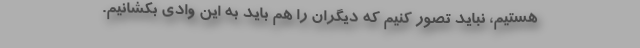
هستیم، نباید تصور کنیم که دیگران را هم باید به این وادی بکشانیم.